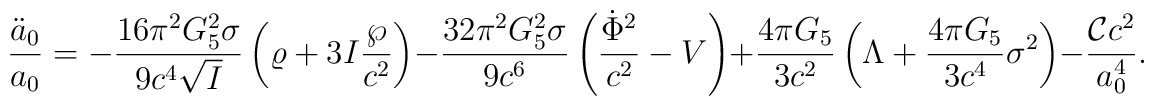
{\ddot{a}_0\over a_0}=-{{16\pi^2G^2_5\sigma}\over{9c^4\sqrt{I}}}\left(\varrho+3I{\wp\over c^2}\right)-{{32\pi^2G^2_5\sigma}\over{9c^6}}\left({\dot{\Phi}^2\over c^2}-V\right)+{{4\pi G_5}\over{3c^2}}\left(\Lambda+{{4\pi G_5}\over{3c^4}}\sigma^2\right)-{{{\cal C}c^2}\over a^4_0}.